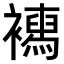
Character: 𧞳